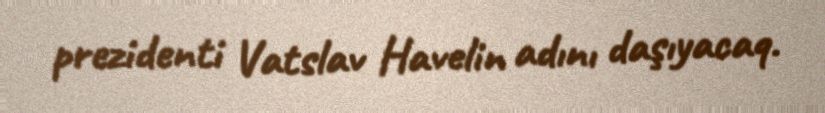
prezidenti Vatslav Havelin adını daşıyacaq.